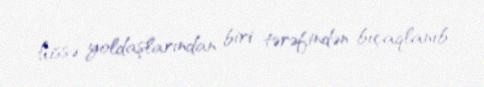
hissə yoldaşlarından biri tərəfindən bıçaqlanıb.